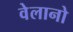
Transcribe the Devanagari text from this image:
वेलानो